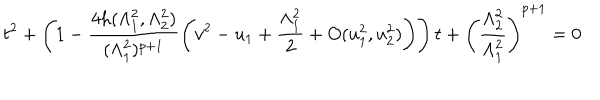
t ^ { 2 } + \left( 1 - \frac { 4 h ( \Lambda _ { 1 } ^ { 2 } , \Lambda _ { 2 } ^ { 2 } ) } { ( \Lambda _ { 1 } ^ { 2 } ) ^ { p + 1 } } \left( v ^ { 2 } - u _ { 1 } + \frac { \Lambda _ { 1 } ^ { 2 } } { 2 } + O ( u _ { 1 } ^ { 2 } , u _ { 2 } ^ { 2 } ) \right) \right) t + \left( \frac { \Lambda _ { 2 } ^ { 2 } } { \Lambda _ { 1 } ^ { 2 } } \right) ^ { p + 1 } = 0